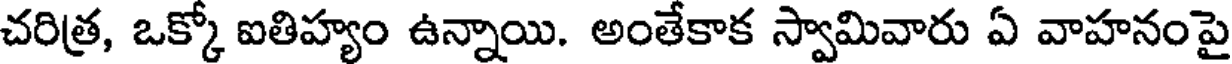
చరిత్ర, ఒక్కో ఐతిహ్యం ఉన్నాయి. అంతేకాక స్వామివారు ఏ వాహనంపై